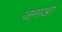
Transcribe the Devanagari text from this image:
जनाआ